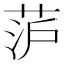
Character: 𮶥